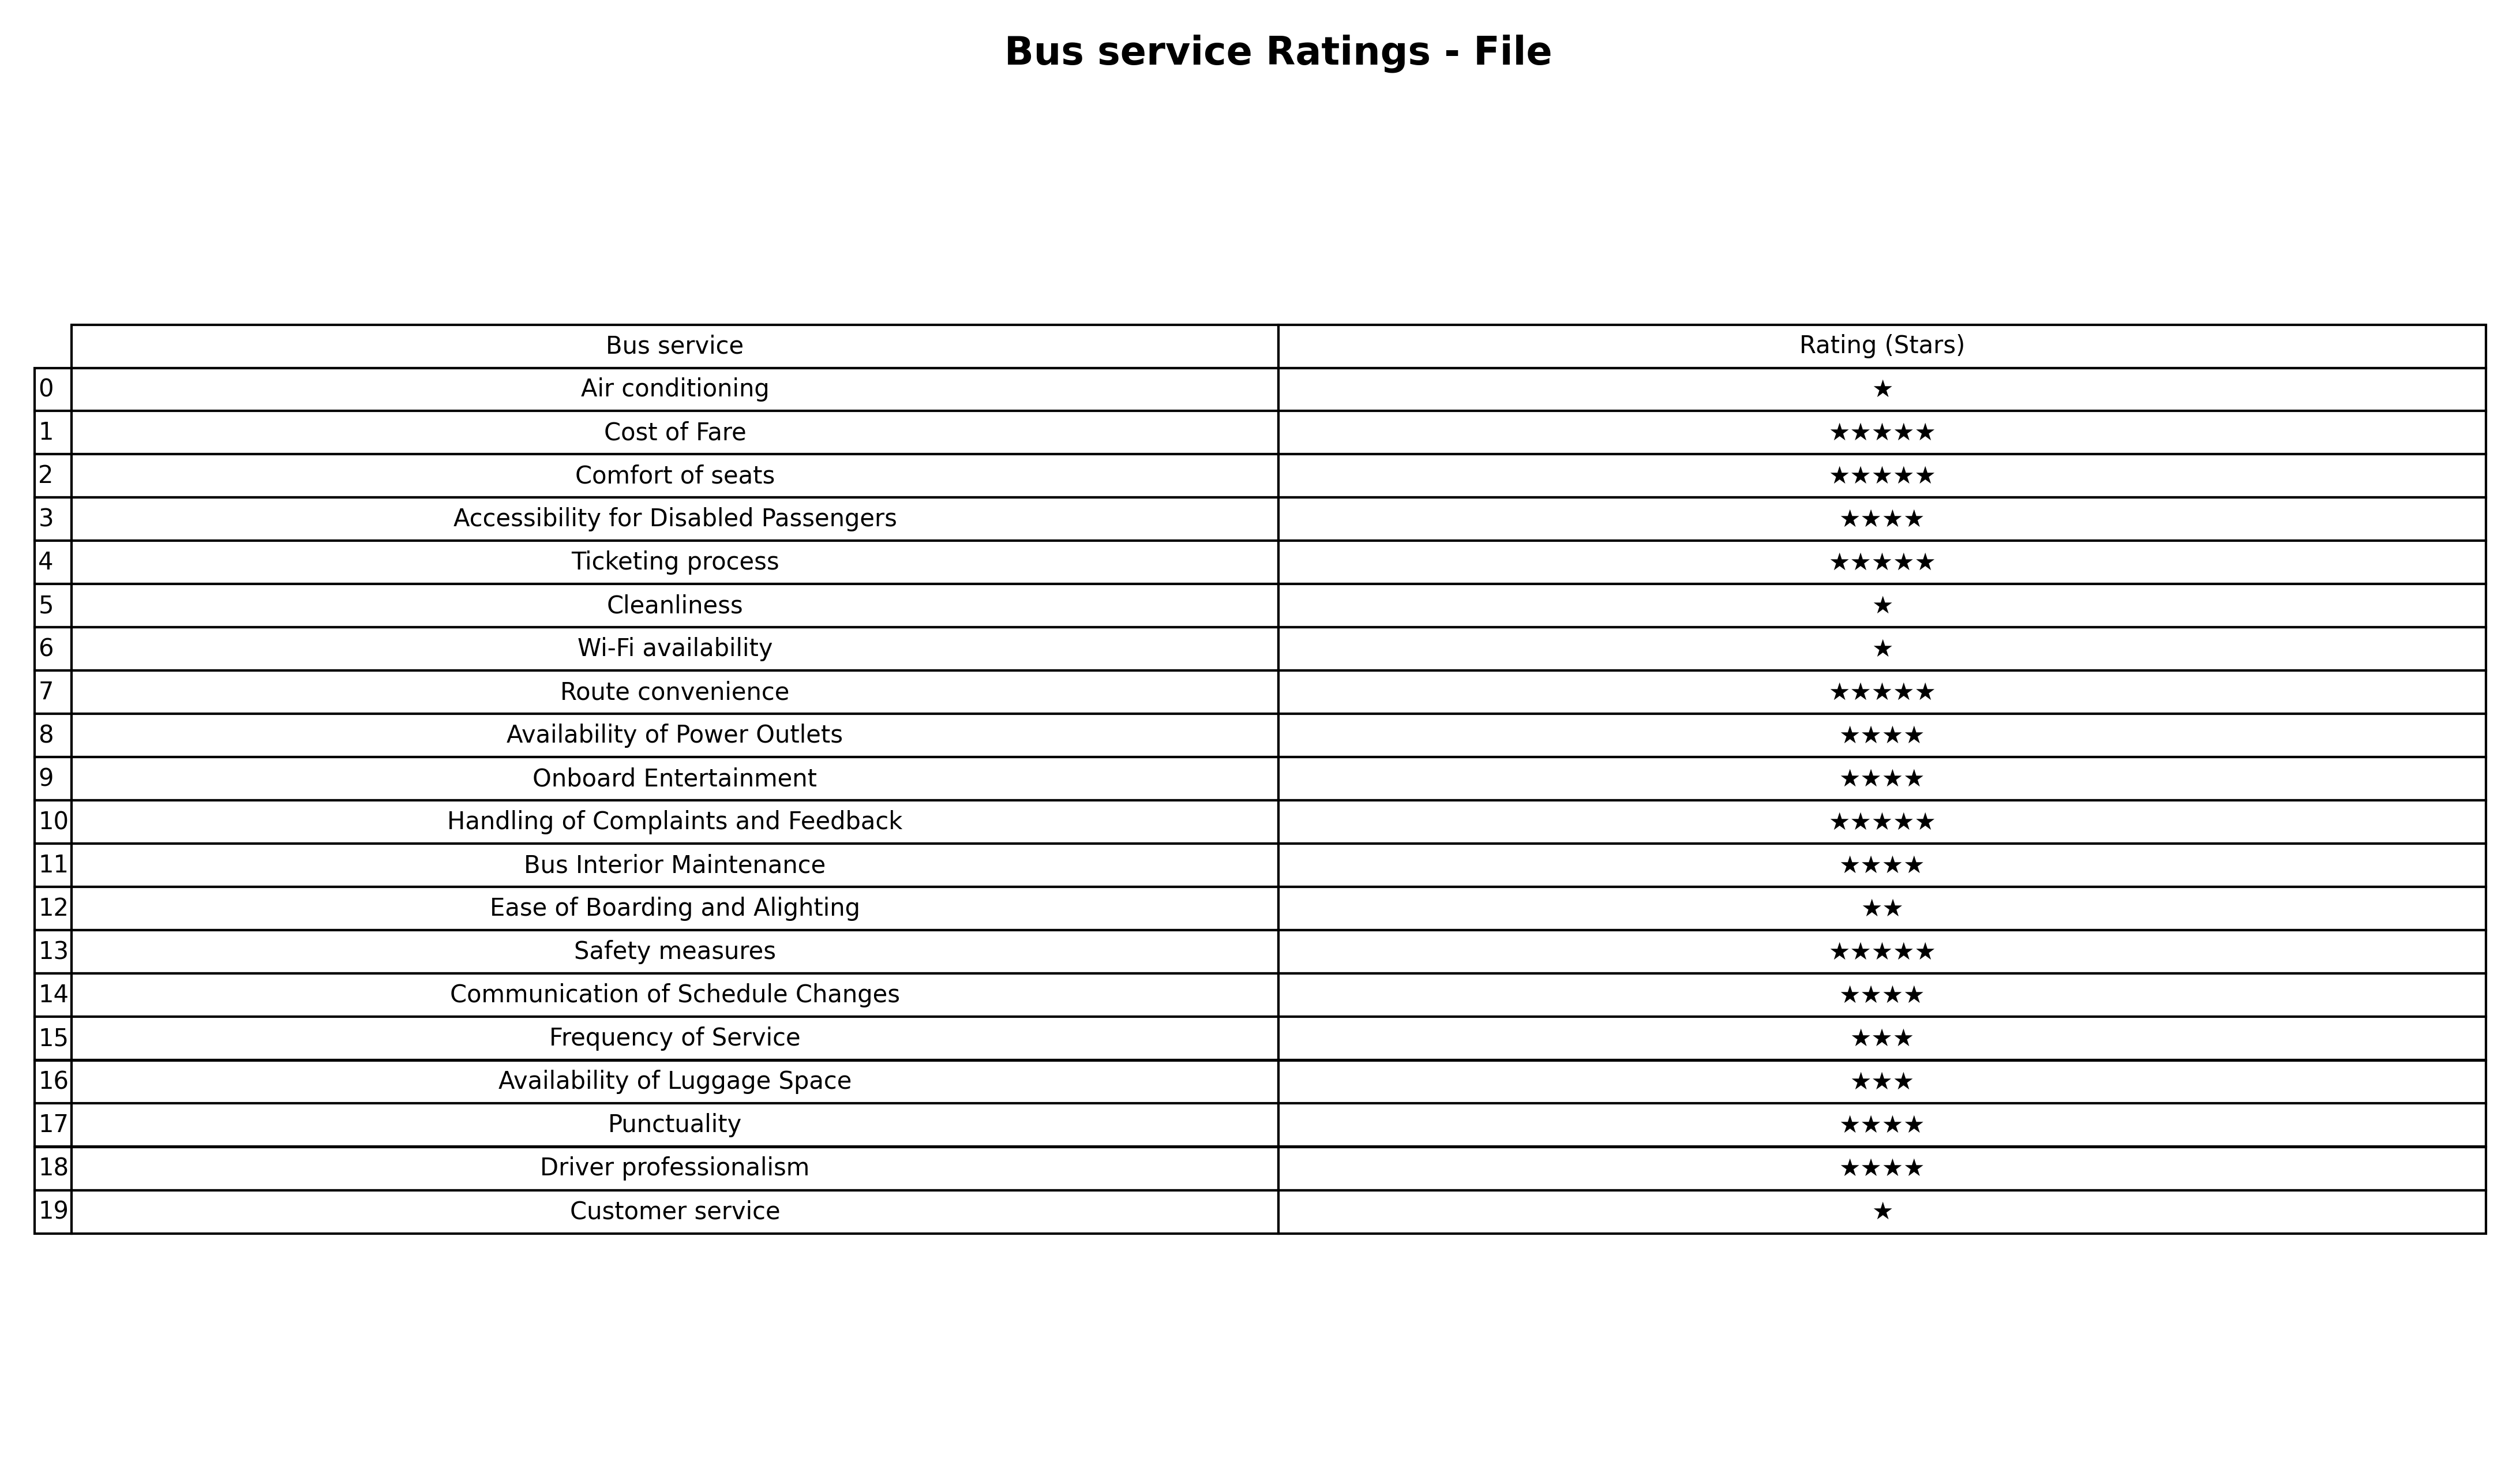
question: What are lowest rating services?
answer: Ease of Boarding and Alighting